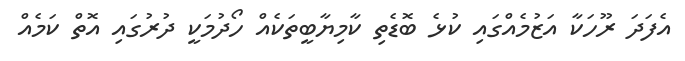
އެފަދަ ރޫހަކާ އަޒުމެއްގައި ކުޅެ ބޮޑެތި ކާމިޔާބީތަކެއް ހޯދުމަކީ ދުރުގައި އޮތް ކަމެއް